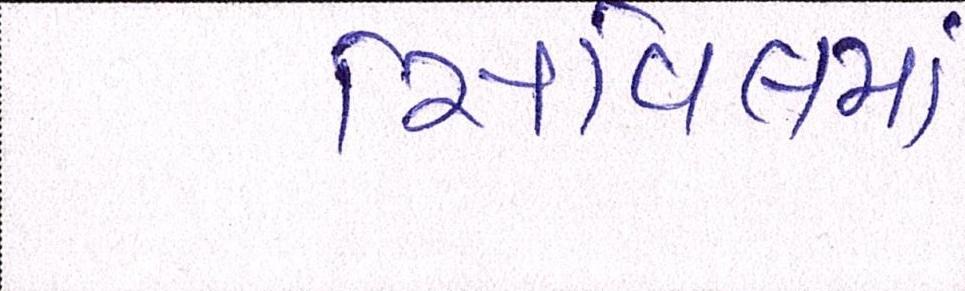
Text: સિવિલમાં